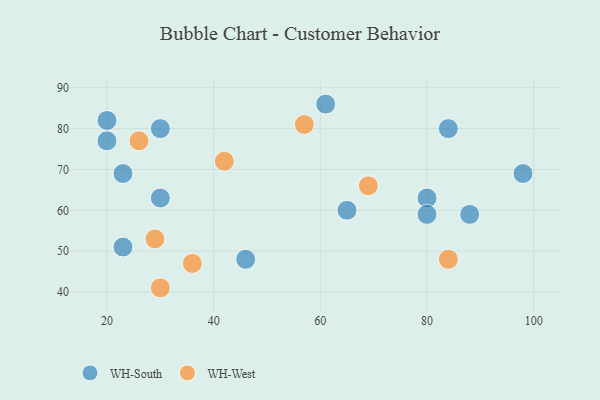
{"axis": {"x": "GDP", "y": "Life Expectancy"}, "legend": ["WH-South", "WH-West"], "data": [{"x": "65", "y": 60, "type": "WH-South"}, {"x": "88", "y": 59, "type": "WH-South"}, {"x": "84", "y": 80, "type": "WH-South"}, {"x": "30", "y": 80, "type": "WH-South"}, {"x": "80", "y": 63, "type": "WH-South"}, {"x": "46", "y": 48, "type": "WH-South"}, {"x": "20", "y": 82, "type": "WH-South"}, {"x": "61", "y": 86, "type": "WH-South"}, {"x": "30", "y": 63, "type": "WH-South"}, {"x": "98", "y": 69, "type": "WH-South"}, {"x": "20", "y": 77, "type": "WH-South"}, {"x": "23", "y": 51, "type": "WH-South"}, {"x": "23", "y": 69, "type": "WH-South"}, {"x": "80", "y": 59, "type": "WH-South"}, {"x": "69", "y": 66, "type": "WH-West"}, {"x": "30", "y": 41, "type": "WH-West"}, {"x": "57", "y": 81, "type": "WH-West"}, {"x": "84", "y": 48, "type": "WH-West"}, {"x": "29", "y": 53, "type": "WH-West"}, {"x": "42", "y": 72, "type": "WH-West"}, {"x": "36", "y": 47, "type": "WH-West"}, {"x": "26", "y": 77, "type": "WH-West"}]}